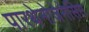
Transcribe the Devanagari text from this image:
पारथेनोजेनेसिस